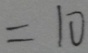
= 1 0